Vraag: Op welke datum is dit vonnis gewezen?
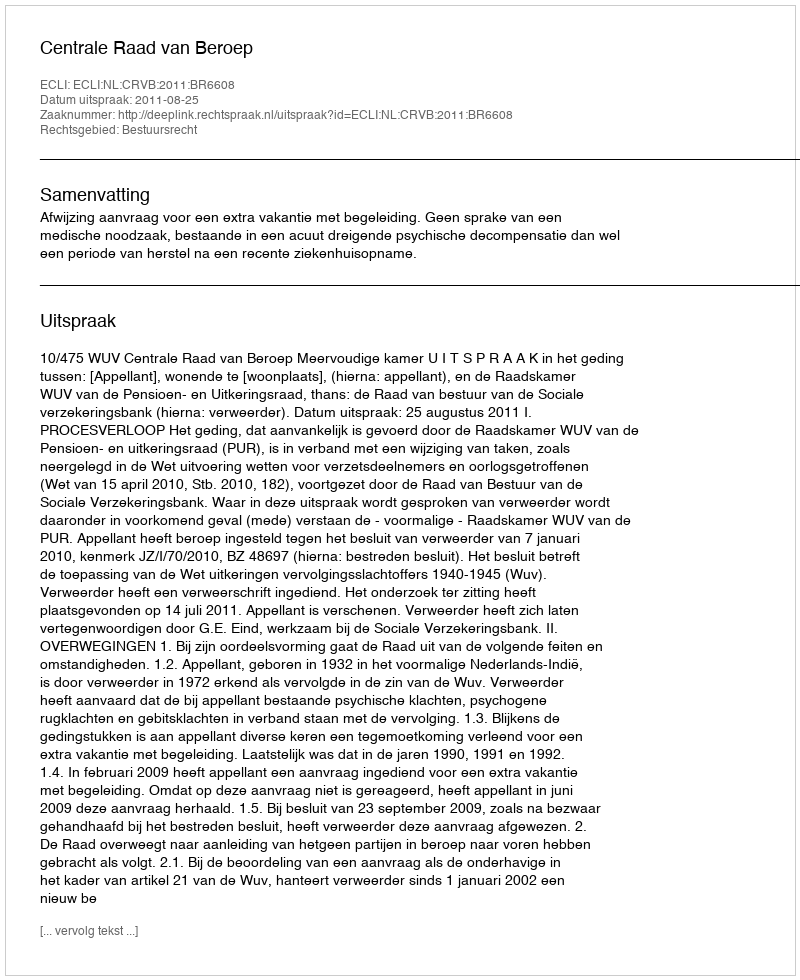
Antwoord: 2011-08-25